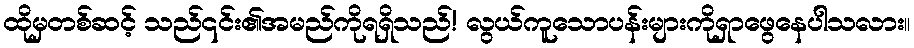
ထိုမှတစ်ဆင့် သည်၎င်း၏အမည်ကိုရရှိသည်! လွယ်ကူသောပန်းများကိုရှာဖွေနေပါသလား။